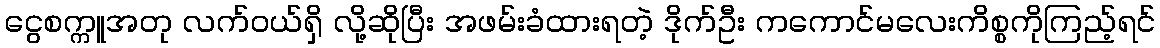
ငွေစက္ကူအတု လက်ဝယ်ရှိ လို့ဆိုပြီး အဖမ်းခံထားရတဲ့ ဒိုက်ဦး ကကောင်မလေးကိစ္စကိုကြည့်ရင်